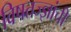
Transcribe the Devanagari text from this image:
विषतज्‍ज्ञांची